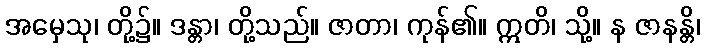
အမှေသု၊ တို့၌။ ဒန္တာ၊ တို့သည်။ ဇာတာ၊ ကုန်၏။ ဣတိ၊ သို့။ န ဇာနန္တိ၊